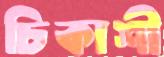
চিকাশী